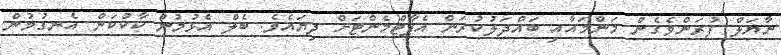
ނާޔަލް ފުރަންވެގެން މަންމައާއި ބައްދަލުކުރަން އެޕާޓްމެންޓަށް ދިޔައެވެ. ބެލް އެޅުމުން ކާކުކަން އެނގުމުން